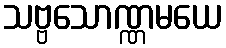
သဗ္ဗသောဏ္ဏမယေ